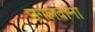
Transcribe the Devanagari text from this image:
उगलवाना